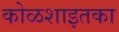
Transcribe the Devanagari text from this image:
कोळशाइतका